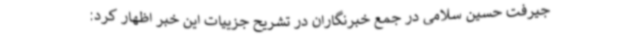
جیرفت حسین سلامی در جمع خبرنگاران در تشریح جزییات این خبر اظهار کرد: